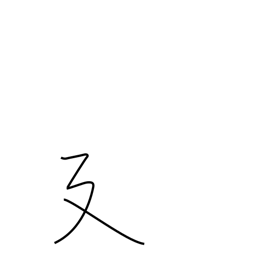
Meaning: long stride or stretching radical (no. 54)